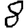
Digit: 8